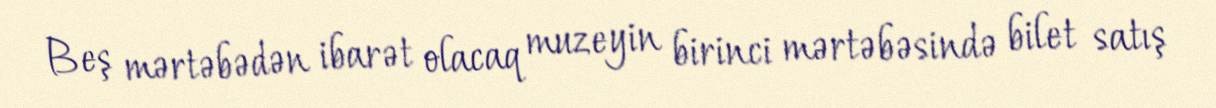
Beş mərtəbədən ibarət olacaq muzeyin birinci mərtəbəsində bilet satış